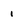
Character: 1